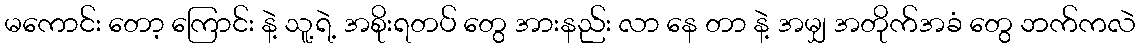
မကောင်း တော့ ကြောင်း နဲ့ သူ့ရဲ့ အစိုးရတပ် တွေ အားနည်း လာ နေ တာ နဲ့ အမျှ အတိုက်အခံ တွေ ဘက်ကလဲ